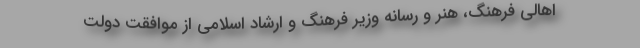
اهالی فرهنگ، هنر و رسانه وزیر فرهنگ و ارشاد اسلامی از موافقت دولت